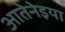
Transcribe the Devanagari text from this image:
आतेनेइया